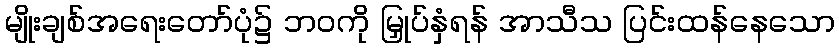
မျိုးချစ်အရေးတော်ပုံ၌ ဘဝကို မြှုပ်နှံရန် အာသီသ ပြင်းထန်နေသော